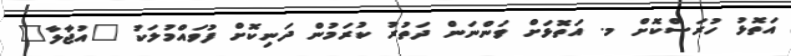
އަތޮޅު ހުރަސްކޮށް މ. އަތޮޅަށް ވަންނަން ދަތުރު ކުރަމުން ދަނިކޮށް ފުވައްމުލަކު "އުޖާލާ"